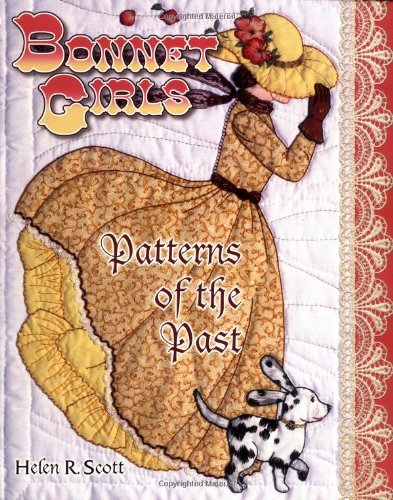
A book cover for Bonnet Girls: Patterns of the Past; Scott; Crafts, Hobbies & Home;